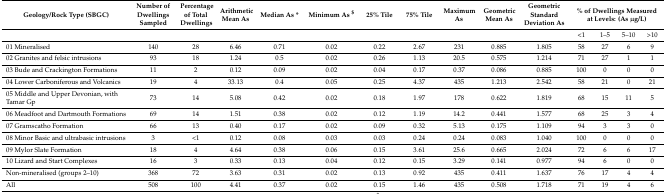
<table><thead><tr><td><b>Geology/Rock Type (SBGC)</b></td><td><b>Number of Dwellings Sampled</b></td><td><b>Percentage of Total Dwellings</b></td><td><b>Arithmetic Mean As</b></td><td><b>Median As *</b></td><td><b>Minimum As <sup>$</sup></b></td><td><b>25% Tile</b></td><td><b>75% Tile</b></td><td><b>Maximum As</b></td><td><b>Geometric Mean As </b></td><td><b>Geometric Standard Deviation As</b></td><td colspan="4"><b>% of Dwellings Measured at Levels: (As μg/L)</b></td></tr></thead><tbody><tr><td></td><td></td><td></td><td></td><td></td><td></td><td></td><td></td><td></td><td></td><td></td><td>&lt;1</td><td>1–5</td><td>5–10</td><td>&gt;10</td></tr><tr><td>01 Mineralised</td><td>140</td><td>28</td><td>6.46</td><td>0.71</td><td>0.02</td><td>0.22</td><td>2.67</td><td>231</td><td>0.885</td><td>1.805</td><td>58</td><td>27</td><td>6</td><td>9</td></tr><tr><td>02 Granites and felsic intrusions</td><td>93</td><td>18</td><td>1.24</td><td>0.5</td><td>0.02</td><td>0.26</td><td>1.13</td><td>20.5</td><td>0.575</td><td>1.214</td><td>71</td><td>27</td><td>1</td><td>1</td></tr><tr><td>03 Bude and Crackington Formations</td><td>11</td><td>2</td><td>0.12</td><td>0.09</td><td>0.02</td><td>0.04</td><td>0.17</td><td>0.37</td><td>0.086</td><td>0.885</td><td>100</td><td>0</td><td>0</td><td>0</td></tr><tr><td>04 Lower Carboniferous and Volcanics</td><td>19</td><td>4</td><td>33.13</td><td>0.4</td><td>0.05</td><td>0.25</td><td>4.37</td><td>435</td><td>1.213</td><td>2.542</td><td>58</td><td>21</td><td>0</td><td>21</td></tr><tr><td>05 Middle and Upper Devonian, with Tamar Gp</td><td>73</td><td>14</td><td>5.08</td><td>0.42</td><td>0.02</td><td>0.18</td><td>1.97</td><td>178</td><td>0.622</td><td>1.819</td><td>68</td><td>15</td><td>11</td><td>5</td></tr><tr><td>06 Meadfoot and Dartmouth Formations</td><td>69</td><td>14</td><td>1.51</td><td>0.38</td><td>0.02</td><td>0.12</td><td>1.19</td><td>14.2</td><td>0.441</td><td>1.577</td><td>68</td><td>25</td><td>3</td><td>4</td></tr><tr><td>07 Gramscatho Formation</td><td>66</td><td>13</td><td>0.40</td><td>0.17</td><td>0.02</td><td>0.09</td><td>0.32</td><td>5.13</td><td>0.175</td><td>1.109</td><td>94</td><td>3</td><td>3</td><td>0</td></tr><tr><td>08 Minor Basic and ultrabasic intrusions</td><td>3</td><td>&lt;1</td><td>0.12</td><td>0.08</td><td>0.03</td><td>0.03</td><td>0.24</td><td>0.24</td><td>0.083</td><td>1.040</td><td>100</td><td>0</td><td>0</td><td>0</td></tr><tr><td>09 Mylor Slate Formation</td><td>18</td><td>4</td><td>4.64</td><td>0.38</td><td>0.06</td><td>0.15</td><td>3.61</td><td>25.6</td><td>0.665</td><td>2.024</td><td>72</td><td>6</td><td>6</td><td>17</td></tr><tr><td>10 Lizard and Start Complexes</td><td>16</td><td>3</td><td>0.33</td><td>0.13</td><td>0.04</td><td>0.12</td><td>0.15</td><td>3.29</td><td>0.141</td><td>0.977</td><td>94</td><td>6</td><td>0</td><td>0</td></tr><tr><td>Non-mineralised (groups 2–10)</td><td>368</td><td>72</td><td>3.63</td><td>0.31</td><td>0.02</td><td>0.13</td><td>0.92</td><td>435</td><td>0.411</td><td>1.637</td><td>76</td><td>17</td><td>4</td><td>4</td></tr><tr><td>All</td><td>508</td><td>100</td><td>4.41</td><td>0.37</td><td>0.02</td><td>0.15</td><td>1.46</td><td>435</td><td>0.508</td><td>1.718</td><td>71</td><td>19</td><td>4</td><td>6</td></tr></tbody></table>